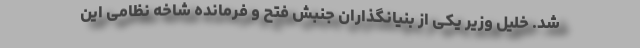
شد. خلیل وزیر یکی از بنیانگذاران جنبش فتح و فرمانده شاخه نظامی این